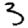
Digit: 3